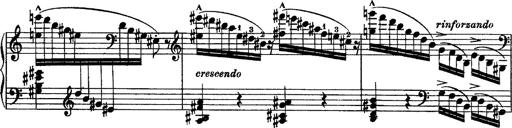
Title: Piano Sonata
Composer: Karl HÃ¤ssler
Key: C major